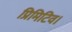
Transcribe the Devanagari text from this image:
प्रिमिटिव।